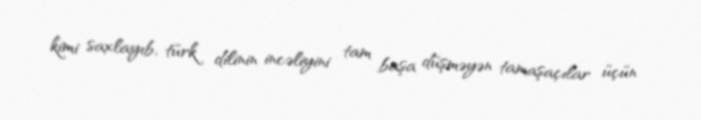
kimi saxlayıb, türk dilinin incəliyini tam başa düşməyən tamaşaçılar üçün